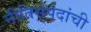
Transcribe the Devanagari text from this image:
नीतिसंपदांची